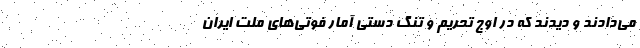
می‌دادند و دیدند که در اوج تحریم و تنگ دستی آمار فوتی‌های ملت ایران